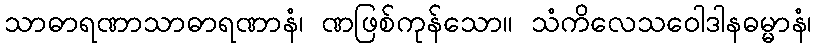
သာဓာရဏာသာဓာရဏာနံ၊ ဏဖြစ်ကုန်သော။ သံကိလေသဝေါဒါနဓမ္မာနံ၊